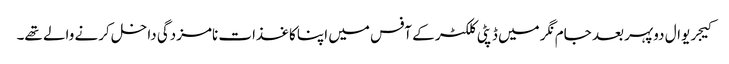
کیجریوال دوپہر بعد جام نگر میں ڈپٹی کلکٹر کے آفس میں اپنا کاغذات نامزدگی داخل کرنے والے تھے۔